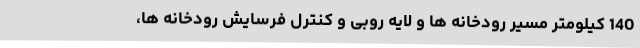
140 کیلومتر مسیر رودخانه ها و لایه روبی و کنترل فرسایش رودخانه ها،